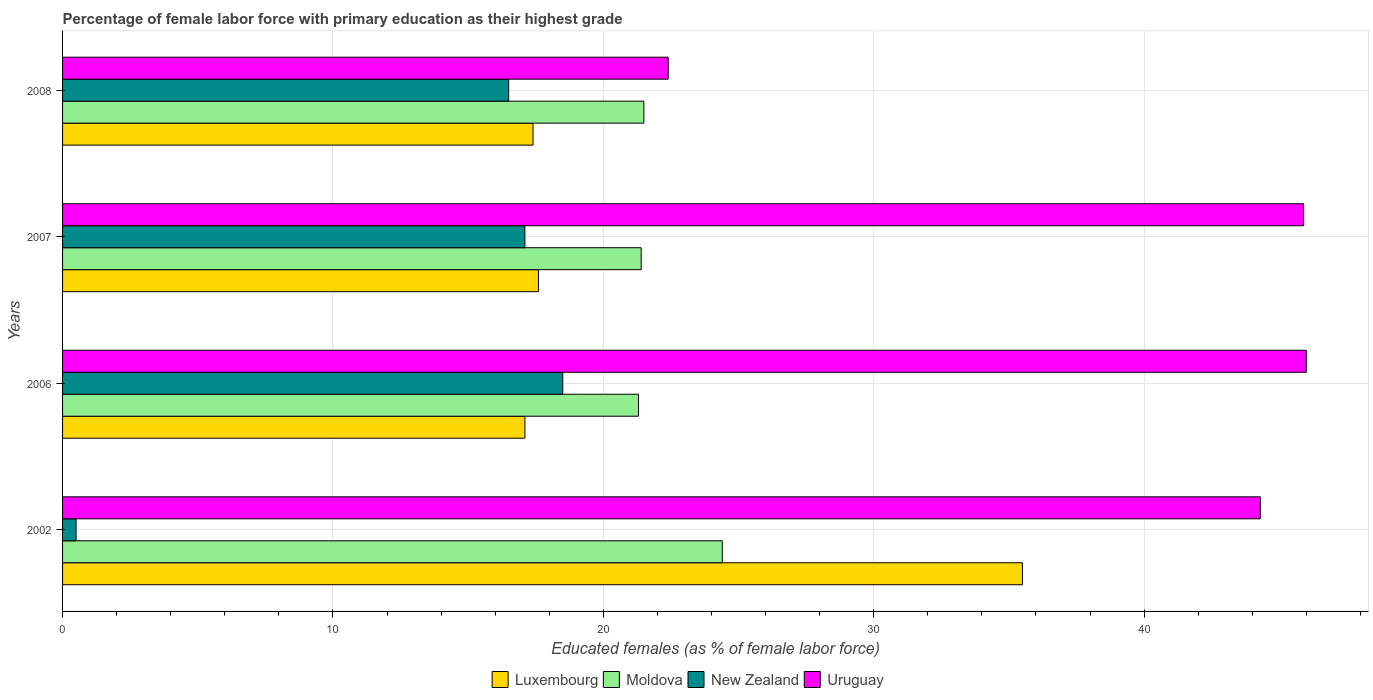
| Years | Luxembourg | Moldova | New Zealand | Uruguay |
 | --- | --- | --- | --- | --- |
 | 2002 | 35.5 | 24.4 | 0.5 | 44.3 |
 | 2006 | 17.1 | 21.3 | 18.5 | 46 |
 | 2007 | 17.6 | 21.4 | 17.1 | 45.9 |
 | 2008 | 17.4 | 21.5 | 16.5 | 22.4 |